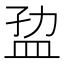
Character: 𰅐